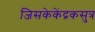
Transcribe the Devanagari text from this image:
जिसकेकेंद्रकसुत्र